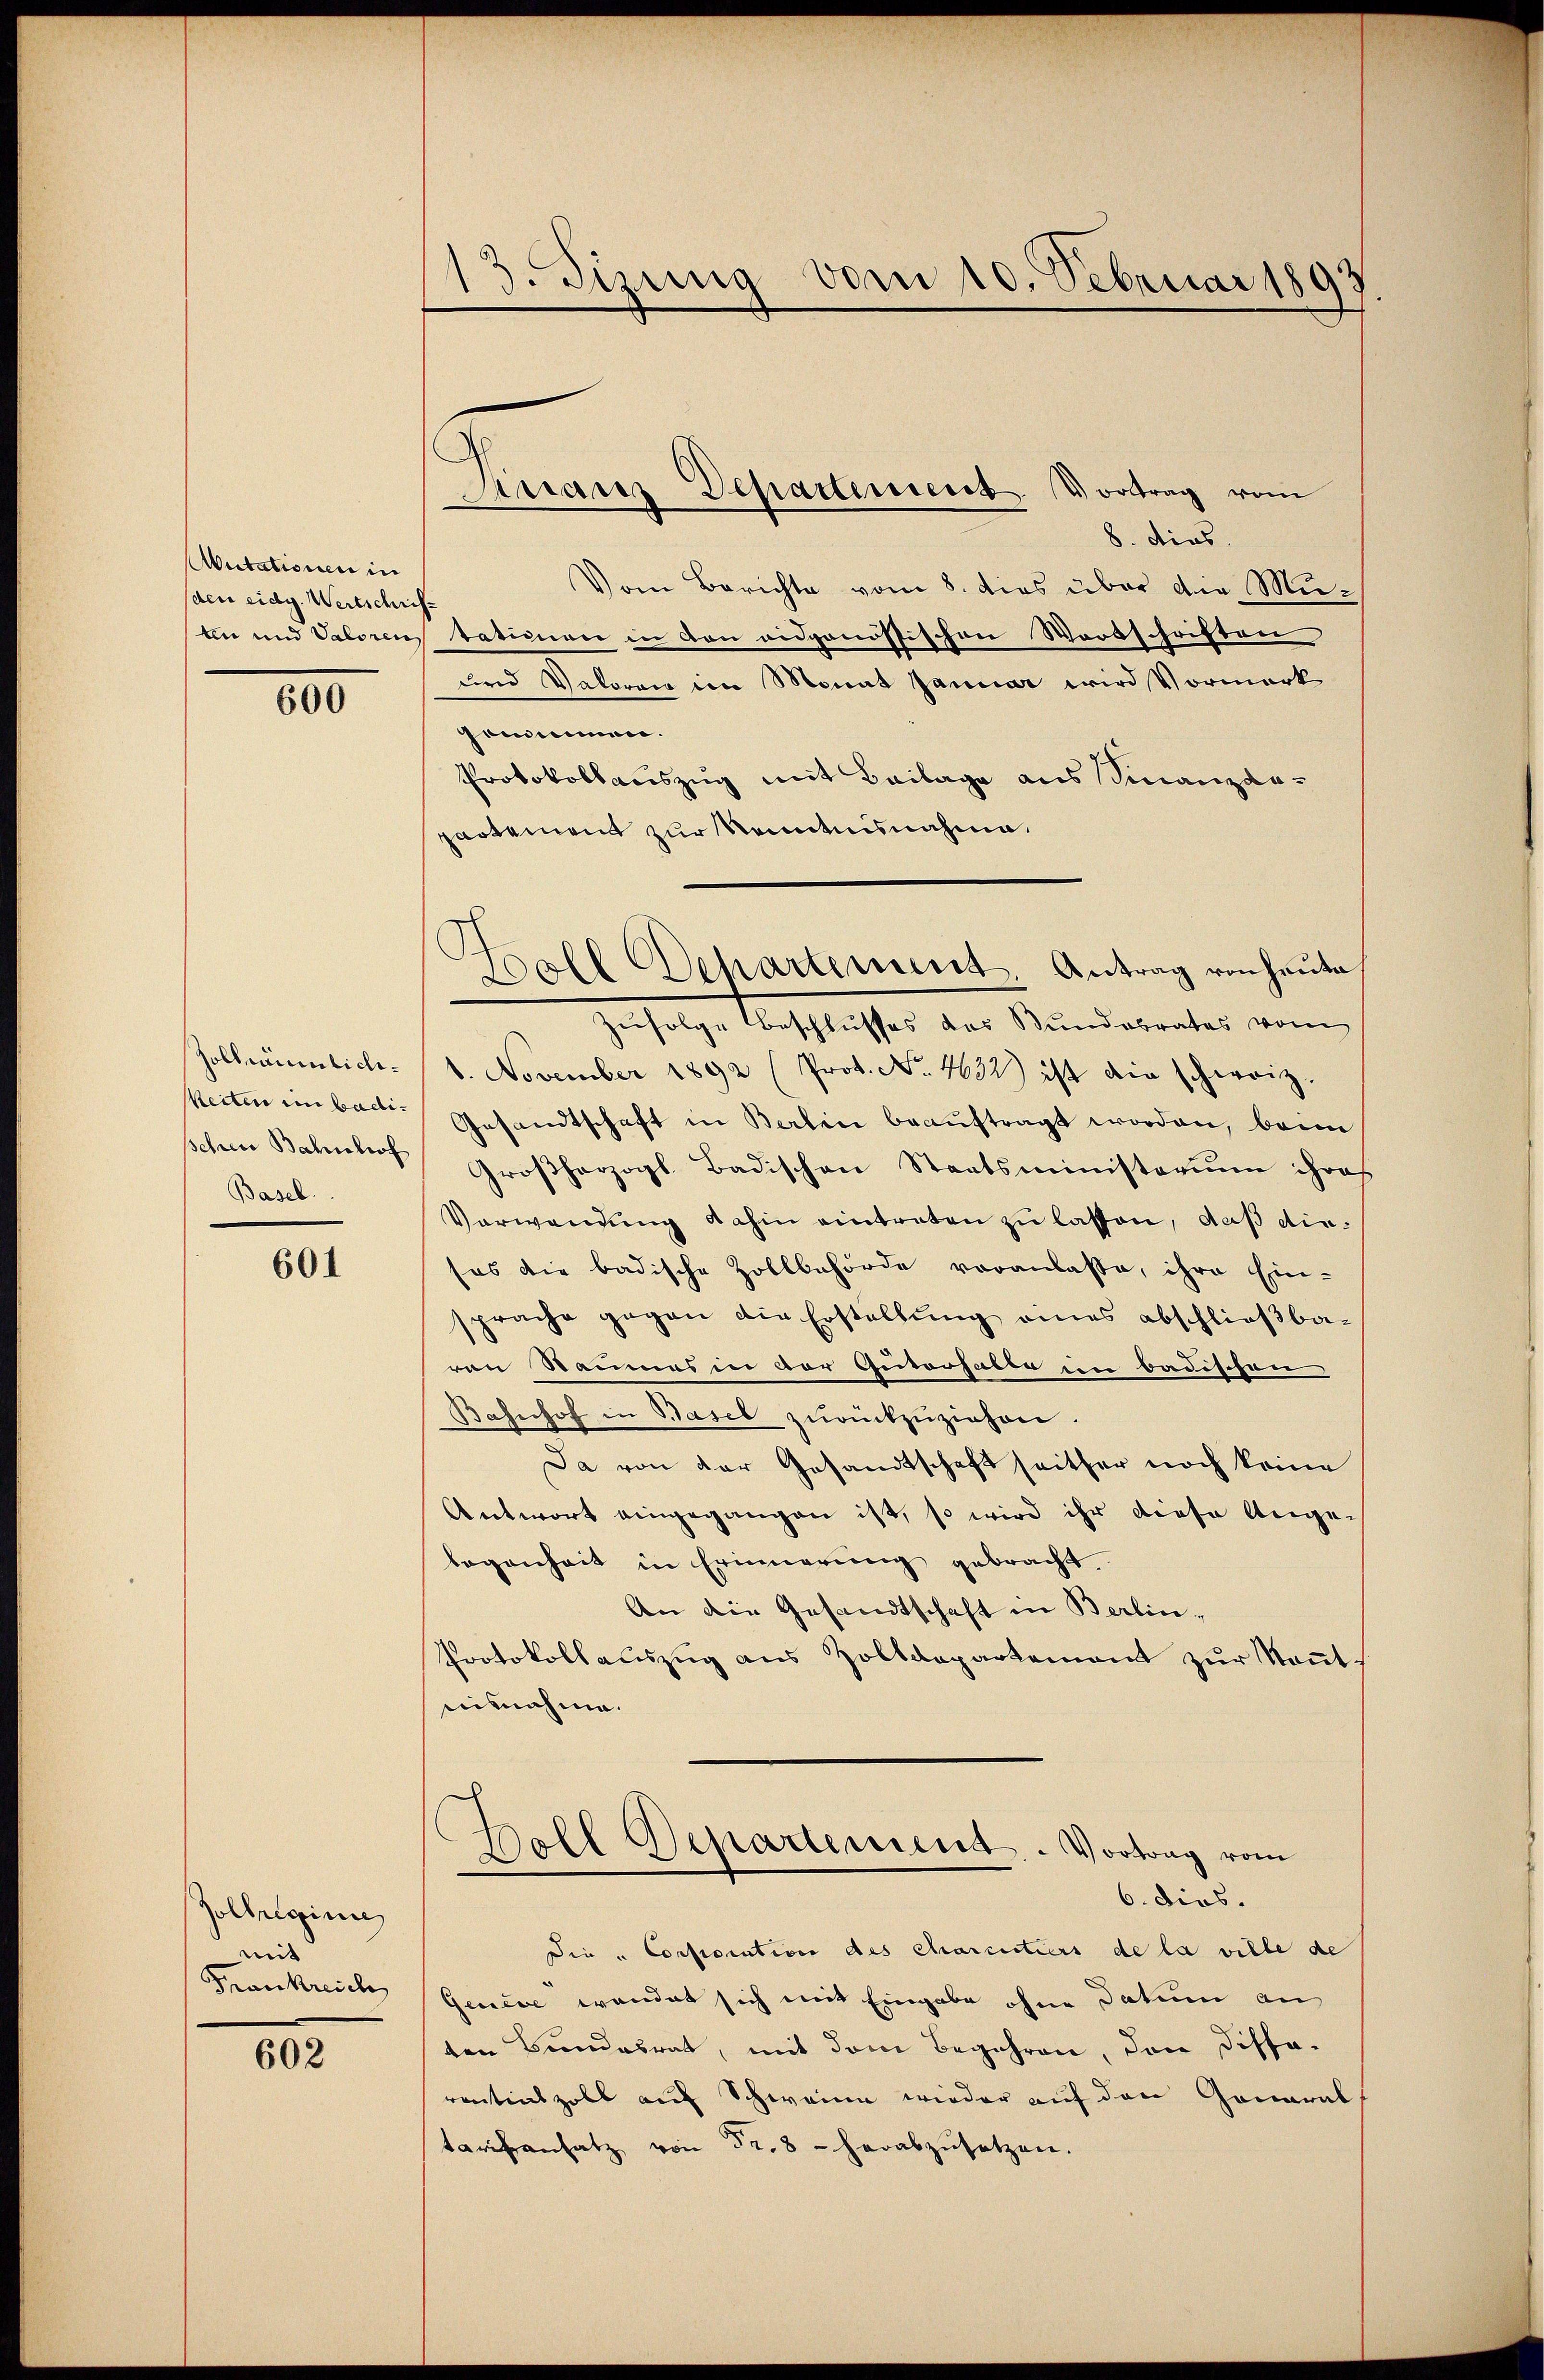
Mutationen in
(den eidg. Wertschrif¬
An und Valoren

600

Hollräumlich¬
Weiten in Badischen Bahnhof
Basel.

601

Zolleginne
mit
Frankreich

602

13. Sizung vom 10. Februar 1893

C
Kranz Departement. Vortrag vom

Holl Departement. Antrag von heute

8. dies
Vom Berichte vom 8. dies über die Mutationen in von eidgenössischen Wortschriften
und Valoren in Monat Januar wird Vormerk
grimmen.
Protokollauszug mit Beilage aus Sinanzarpartament zur Kenntnisnahme.
Zufolge Beschlusses das Bundabrates vom
1. November 1892 (Prot. No. 4632) ist die schweiz.
Gesandtschaft in Berlin beauftragt worden, beim
Großherzogl. Badischen Staatsministerium ihres
Verwendung dahin eintreten zu lassen, daß diees die badische Zollbehörde veranlasse, ihre Ein-
sprache gegen die Erstellung eines abschließba-
ren Raumes in der Guterhable in badischen
Bahnhof in Basel zurückzuziehen.
Da von der Gesandtschaft seither noch keine
Antwort eingegangen ist, so wird ihr diese Ange-
legenheit in Erinnerung gebracht.
An die Gesandtschaft in Berlin¬
Protokollauszug aus Zolldepartement zur Kenntausnahme.
Boll Departement. - Vortrag vom
6. dies.
Die „Corporation des charcitiers de la ville de
Genève wendet sich mit Eingabe ohne Datum an
ten Bundesrat, mit dem Begehren, den Distarentiaszoll auf Schweine wieder auf den Gonaral
tarifensatz von Fr. 8 - herabzŭsetzen.